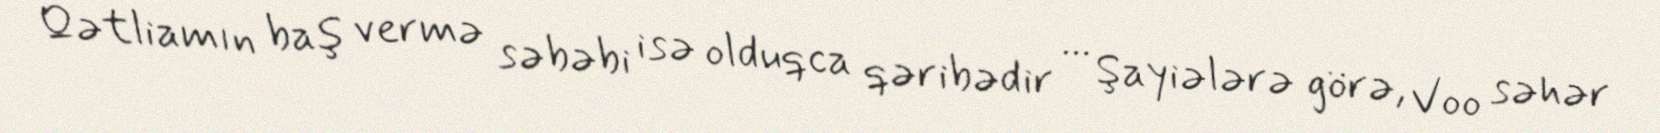
Qətliamın baş vermə səbəbi isə olduqca qəribədir ... Şayiələrə görə, Voo səhər